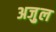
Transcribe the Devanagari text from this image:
अजु़ल